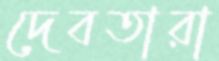
দেবতারা